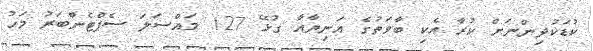
ކުޑަކުދިންނަށް ކުރާ އެކި ބާވަތުގެ އަނިޔާއާ ގުޅޭ 127 މައްސަލަ ސެޕްޓެންބަރު މަހު